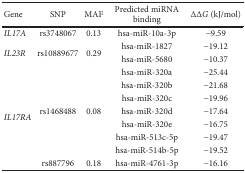
<table><thead><tr><td><b>Gene</b></td><td><b>SNP</b></td><td><b>MAF</b></td><td><b>Predicted miRNA binding</b></td><td><b>ΔΔ<i>G</i> (kJ/mol)</b></td></tr></thead><tbody><tr><td><i>IL17A</i></td><td>rs3748067</td><td>0.13</td><td>hsa-miR-10a-3p</td><td>−9.59</td></tr><tr><td rowspan="2"><i>IL23R</i></td><td rowspan="2">rs10889677</td><td rowspan="2">0.29</td><td>hsa-miR-1827</td><td>−19.12</td></tr><tr><td>hsa-miR-5680</td><td>−10.37</td></tr><tr><td rowspan="8"><i>IL17RA</i></td><td rowspan="7">rs1468488</td><td rowspan="7">0.08</td><td>hsa-miR-320a</td><td>−25.44</td></tr><tr><td>hsa-miR-320b</td><td>−21.68</td></tr><tr><td>hsa-miR-320c</td><td>−19.96</td></tr><tr><td>hsa-miR-320d</td><td>−17.64</td></tr><tr><td>hsa-miR-320e</td><td>−16.75</td></tr><tr><td>hsa-miR-513c-5p</td><td>−19.47</td></tr><tr><td>hsa-miR-514b-5p</td><td>−19.52</td></tr><tr><td>rs887796</td><td>0.18</td><td>hsa-miR-4761-3p</td><td>−16.16</td></tr></tbody></table>